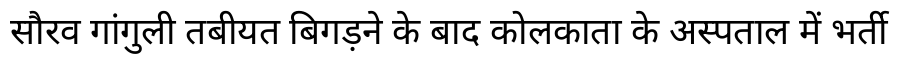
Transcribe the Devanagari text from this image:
सौरव गांगुली तबीयत बिगड़ने के बाद कोलकाता के अस्पताल में भर्ती